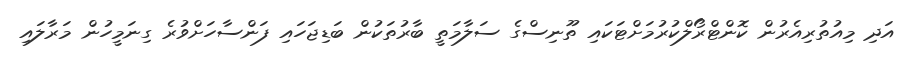
އަދި މިއުތުރިއެރުން ކޮންޓްރޯލްކުރުމަށްޓަކައި ތޫނިސްގެ ސަލާމަތީ ބާރުތަކުން ބަޑިޖަހައި ފަންސާހަށްވުރެ ގިނަމީހުން މަރާލައި